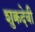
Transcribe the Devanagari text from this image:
शुक्रदेवी